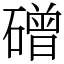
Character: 磳